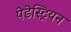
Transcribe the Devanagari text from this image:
पेडेस्ट्रियन